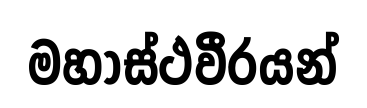
මහාස්ථවීරයන්